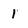
Character: 1